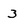
Character: 3